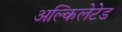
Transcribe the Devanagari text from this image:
अल्किलेटेड